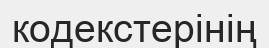
кодекстерінің